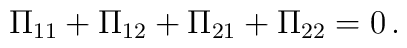
\Pi_{11} + \Pi_{12} + \Pi_{21} + \Pi_{22} = 0 \, .